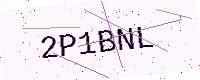
Text: 2P1BNL